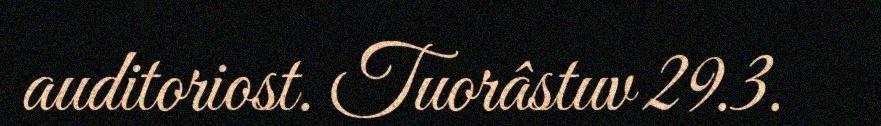
auditoriost. Tuorâstuv 29.3.